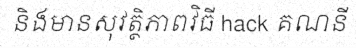
និងមានសុវត្ថិភាពវិធី hack គណនី